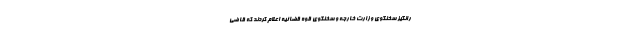
رانگیز سخنگوی وزارت خارجه و سخنگوی قوه قضائیه اعلام کردند که قاضی